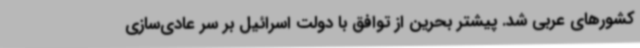
کشورهای عربی شد. پیشتر بحرین از توافق با دولت اسرائیل بر سر عادی‌سازی